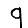
Digit: 9